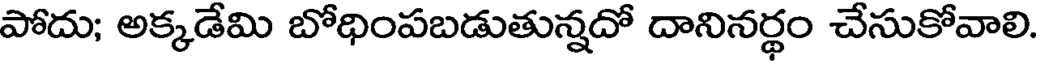
పోదు; అక్కడేమి బోధింపబడుతున్నదో దానినర్థం చేసుకోవాలి